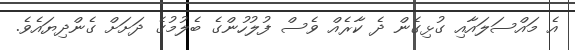
އެ މައްސަލައާއި ގުޅިގެން ދެ ކާރެއް ވެސް ފުލުހުންގެ ބެލުމުގެ ދަށަށް ގެންދިޔައެވެ.